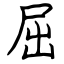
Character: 屈